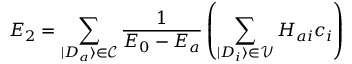
E _ { 2 } = \sum _ { | D _ { a } \rangle \in \mathcal { C } } \frac { 1 } { E _ { 0 } - E _ { a } } \left( \sum _ { | D _ { i } \rangle \in \mathcal { V } } H _ { a i } c _ { i } \right)